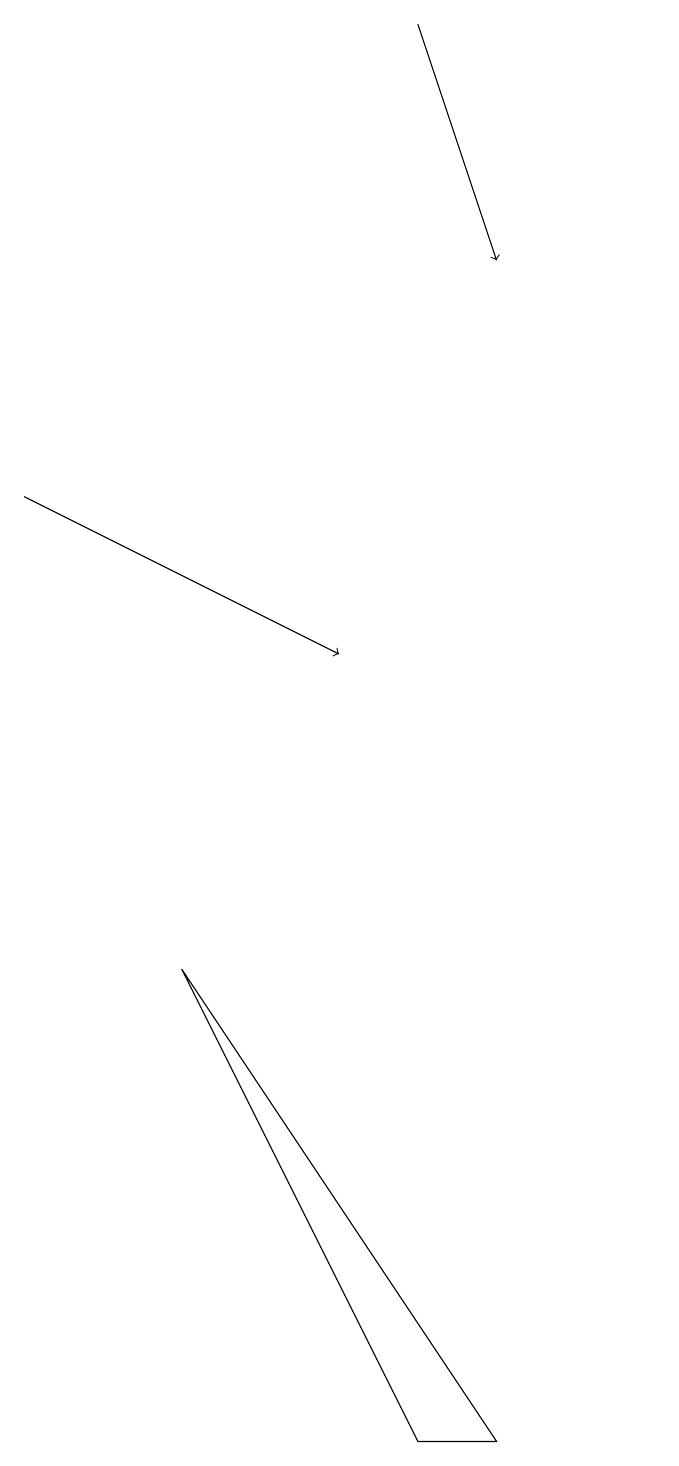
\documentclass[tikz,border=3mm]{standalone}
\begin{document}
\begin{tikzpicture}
\draw[->] (3,12) -- (7,10);
\draw (9,0) -- (5,6) -- (8,0) -- cycle;
\draw (11,11) circle (0);
\draw[->] (8,18) -- (9,15);
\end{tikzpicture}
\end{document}